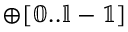
\mathbb { \oplus [ 0 . . l - 1 ] }